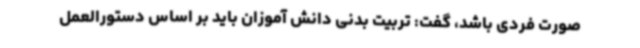
صورت فردی باشد، گفت: تربیت بدنی دانش آموزان باید بر اساس دستورالعمل